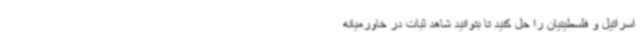
اسرائیل و فلسطینیان را حل کنید تا بتوانید شاهد ثبات در خاورمیانه